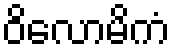
ဝိလောမိကံ